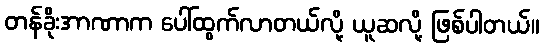
တန်ခိုးအာဏာက ပေါ်ထွက်လာတယ်လို့ ယူဆလို့ ဖြစ်ပါတယ်။